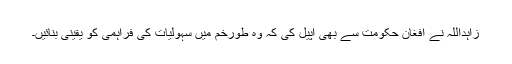
زاہداللہ نے افغان حکومت سے بھی اپیل کی کہ وہ طورخم میں سہولیات کی فراہمی کو یقینی بنائیں۔